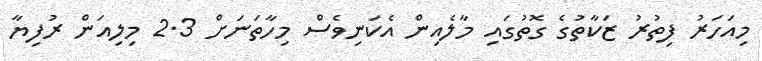
މިއަހަރު ފިތުރު ޒަކާތުގެ ގޮތުގައި މާލެއިން އެކަނިވެސް މިހާތަނަށް 2.3 މިލިއަން ރުފިޔާ